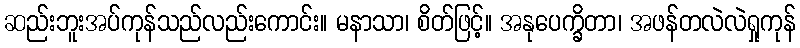
ဆည်းဘူးအပ်ကုန်သည်လည်းကောင်း။ မနာသာ၊ စိတ်ဖြင့်။ အနုပေက္ခိတာ၊ အဖန်တလဲလဲရှုကုန်